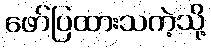
ဖော်ပြထားသကဲ့သို့